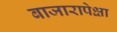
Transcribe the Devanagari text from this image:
बाजारापेक्षा